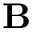
\mathbf { B }